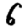
Digit: 6